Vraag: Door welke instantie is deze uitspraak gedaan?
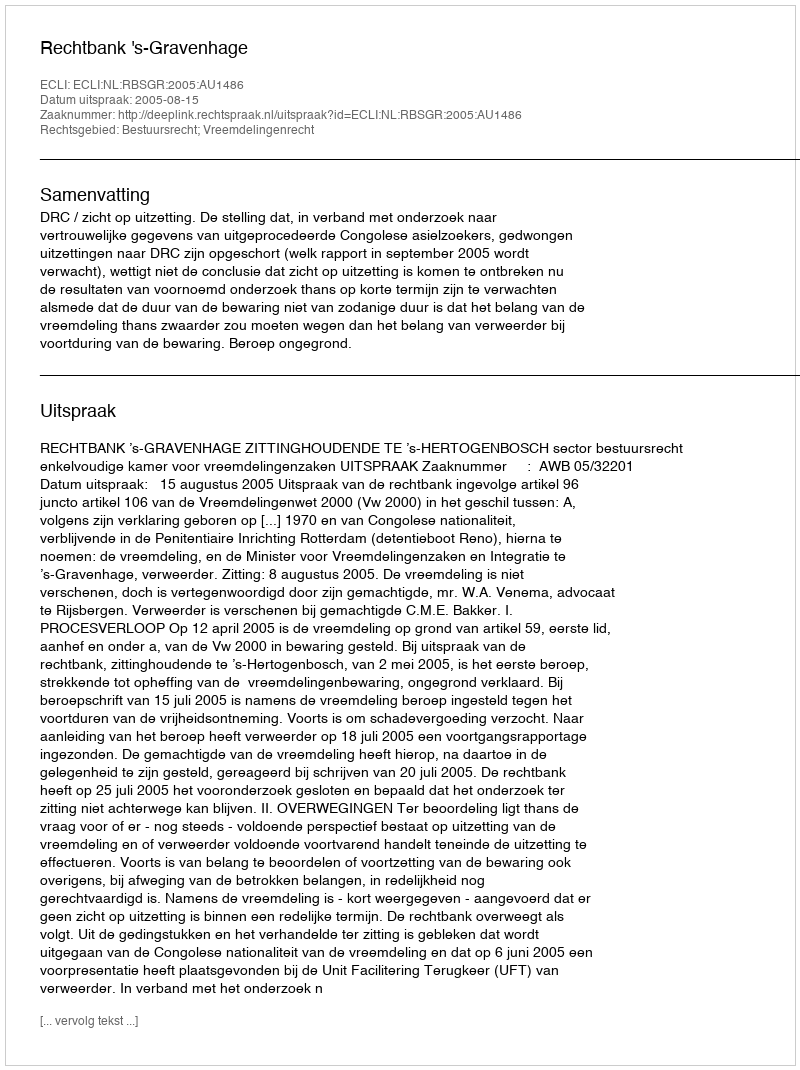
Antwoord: Rechtbank 's-Gravenhage